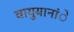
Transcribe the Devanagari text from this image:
वायुयानांे